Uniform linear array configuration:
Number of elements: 48
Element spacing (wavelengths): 0.75
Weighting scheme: uniform
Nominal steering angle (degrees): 60
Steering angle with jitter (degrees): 58.158
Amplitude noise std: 0.05
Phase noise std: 0.05

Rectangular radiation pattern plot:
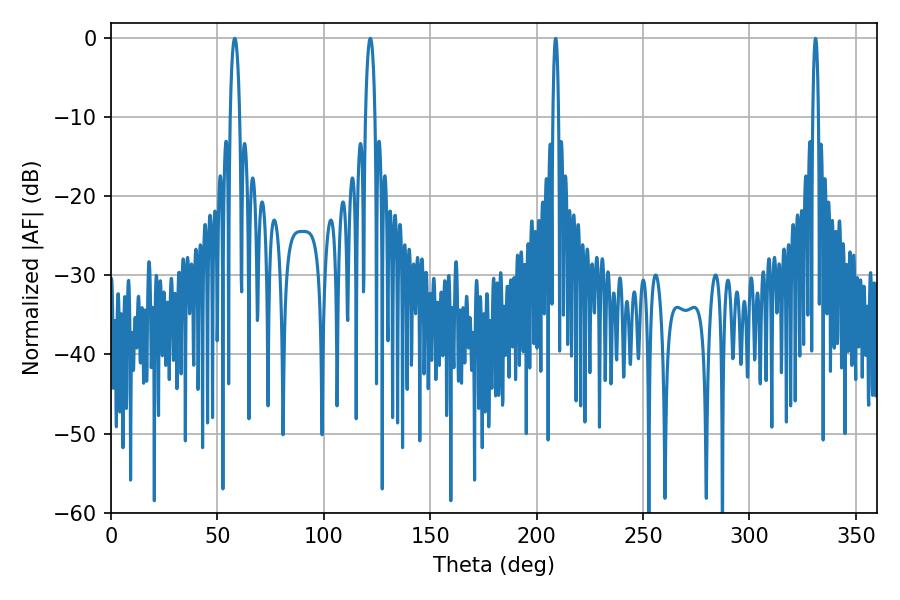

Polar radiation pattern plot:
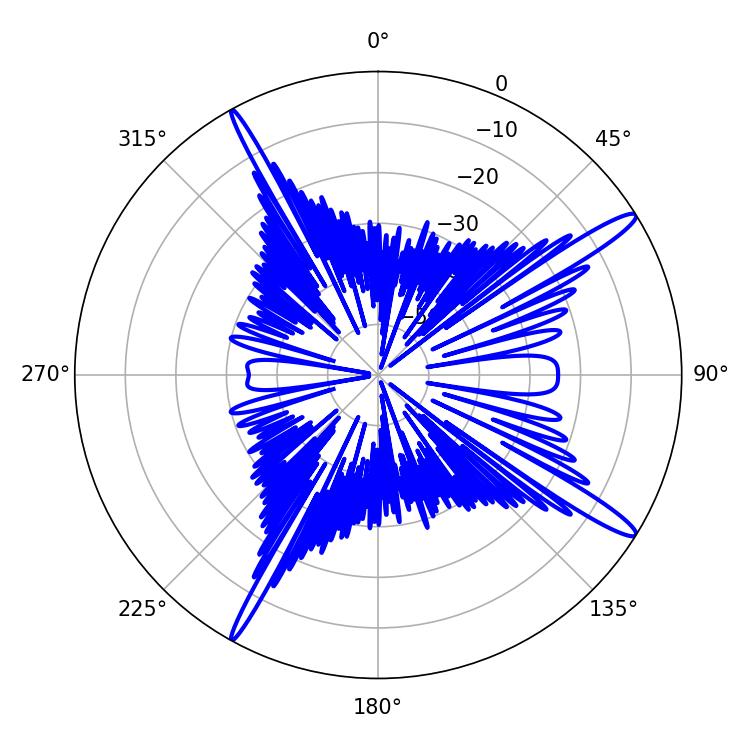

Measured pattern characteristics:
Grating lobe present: TRUE
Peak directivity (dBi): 15.336
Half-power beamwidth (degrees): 2.52
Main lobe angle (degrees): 58.14